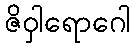
ဇိဝှါရောဂေါ